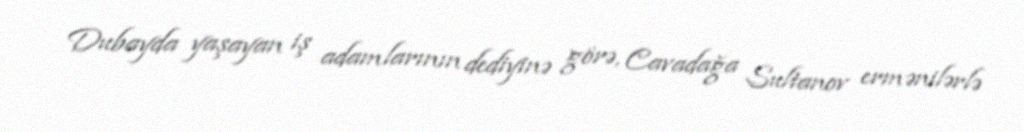
Dubayda yaşayan iş adamlarının dediyinə görə, Cavadağa Sultanov ermənilərlə